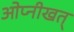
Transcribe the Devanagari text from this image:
ओप्नीखत्